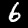
Label: 6